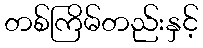
တစ်ကြိမ်တည်းနှင့်